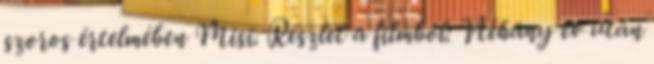
szoros értelmében Misi. Részlet a filmből: Néhány év után